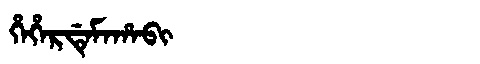
Manchu: ᡥᡝᡥᡝᡵᡩᡝᠮᠠᡥᠠᠪᡳ
Romanization: HEHERDEMAHABI